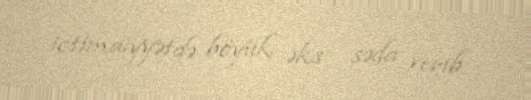
ictimaiyyətdə böyük əks - səda verib.